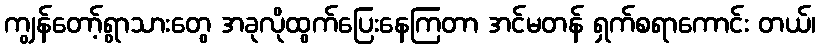
ကျွန်တော့်ရွာသားတွေ အခုလိုထွက်ပြေးနေကြတာ အင်မတန် ရှက်စရာကောင်း တယ်၊